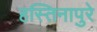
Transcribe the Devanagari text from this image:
हस्तिनापुरे